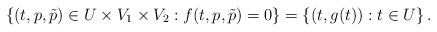
\begin{align*} \left\{(t,p,\tilde p)\in U\times V_1\times V_2: f(t,p,\tilde p)=0\right\}= \left\{ (t,g(t)):t\in U\right\}.\end{align*}